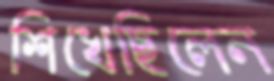
শিখেছিলেন